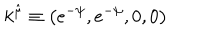
LaTeX: k ^ { \hat { \mu } } \equiv \left( e ^ { - \psi } , e ^ { - \psi } , 0 , 0 \right)